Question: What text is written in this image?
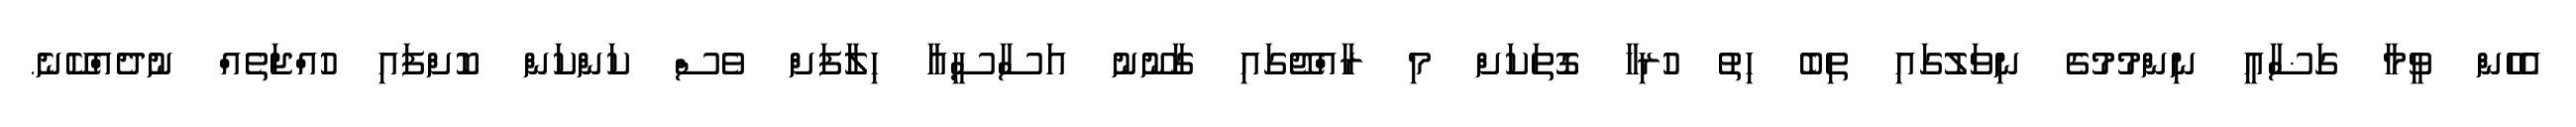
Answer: އެހެން ވީމާ ގަޟާއީ ނިންމުމުގެ ނިވަލުގައި ތިބެ ހިތު ހުރިހާ ގޮތަކަށް މި ރާއްޖޭގައި ގާނޫނު އަސާސީއާ ހިލާފަށް ވެސް ކަންކަން ކޮށްފައި ހުއްޖަތެއް ނުދެއްކޭނެ.